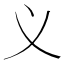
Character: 义